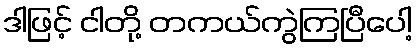
ဒါဖြင့် ငါတို့ တကယ်ကွဲကြပြီပေါ့